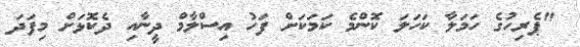
"ޕެރިހުގެ ހަމަލާ ކަހަލަ ކޮންމެ ކަމަކަށް ފަހު އިސްލާމް ދީނާއި ދެކޮޅަށް މިފަދަ